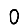
Digit: 0